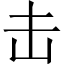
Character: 击